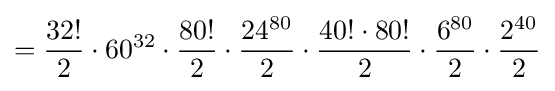
={\frac {32!}{2}}\cdot 60^{32}\cdot {\frac {80!}{2}}\cdot {\frac {24^{80}}{2}}\cdot {\frac {40!\cdot 80!}{2}}\cdot {\frac {6^{80}}{2}}\cdot {\frac {2^{40}}{2}}